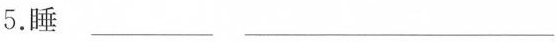
5.睡___ ___